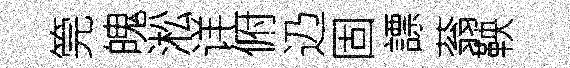
筦魄淞详俯辸固謤蓊鞅